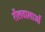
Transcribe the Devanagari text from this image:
शैलवालाओं